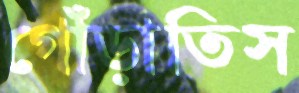
গোঁড়াতিস